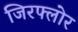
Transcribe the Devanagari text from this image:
जिरफ्लोर